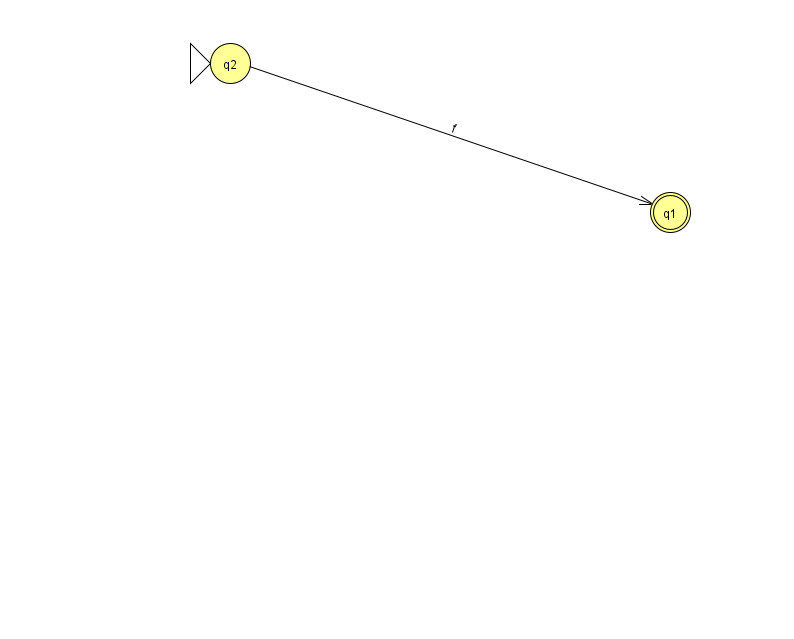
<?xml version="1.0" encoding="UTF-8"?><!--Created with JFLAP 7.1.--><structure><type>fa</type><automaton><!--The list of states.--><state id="1" name="q1"><x>670.0</x><y>199.0</y><final/></state><state id="2" name="q2"><x>230.0</x><y>50.0</y><initial/></state><!--The list of transitions.--><transition><from>2</from><to>1</to><read>f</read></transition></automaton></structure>